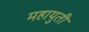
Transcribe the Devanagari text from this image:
महायुती